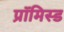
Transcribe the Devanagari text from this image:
प्रॉमिस्ड